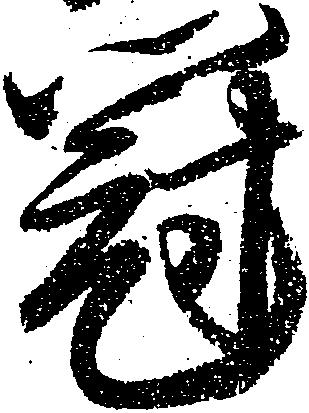
冠